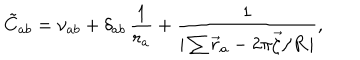
LaTeX: \tilde { C } _ { a b } = \nu _ { a b } + \delta _ { a b } \, \frac { 1 } { r _ { a } } + \frac { 1 } { | \sum \vec { r } _ { a } - 2 \pi \vec { \zeta } / R \, | } ,